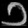
Digit: ၁